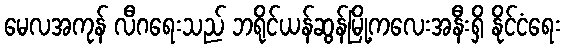
မေလအကုန် လီဂရေးသည် ဘရိုင်ယန်ဆွန်မြို့ကလေးအနီးရှိ နိုင်ငံရေး